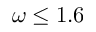
\omega \le 1 . 6